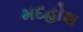
મદહોશ